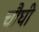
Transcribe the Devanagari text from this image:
चौघी